342_HS1-416511228_319.1 Flying Discs 1949
Agency: Department of War
Incident date: 1/9/50
Page 106
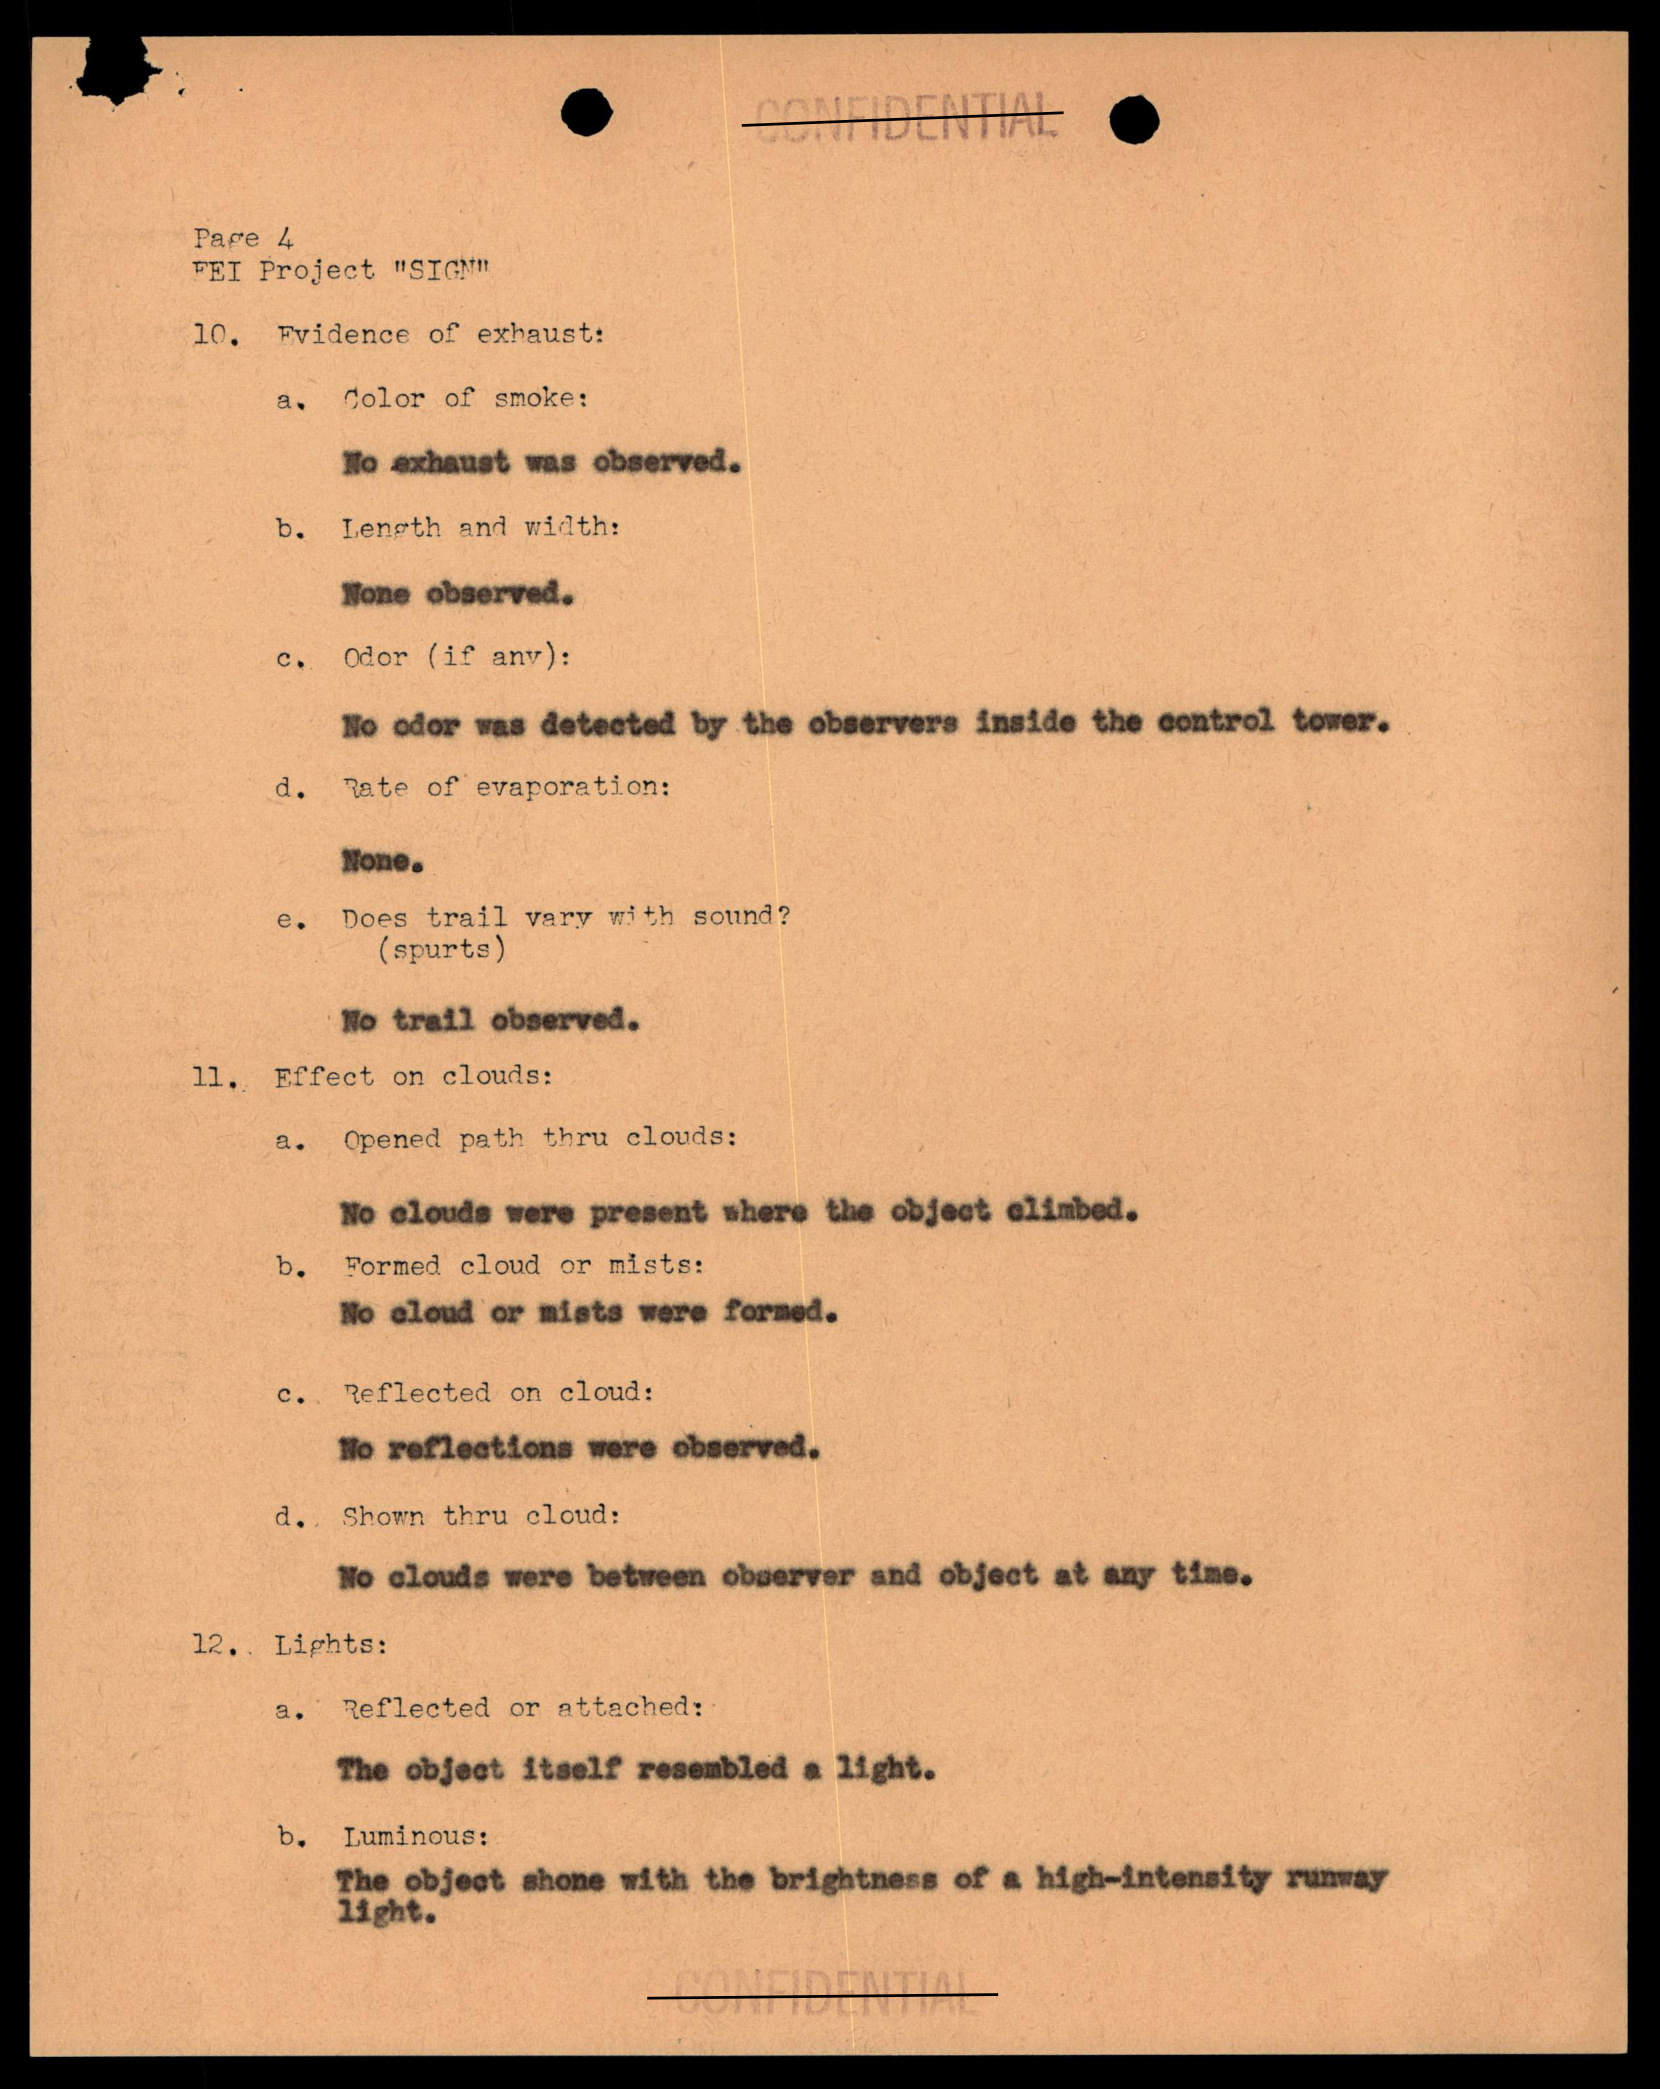